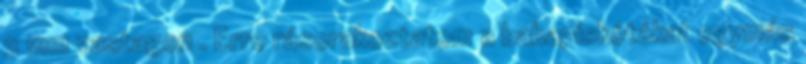
3 mm vastagon . Erre rásorakoztatom a babapiskótákat egymás